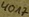
Text: 40A7